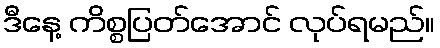
ဒီနေ့ ကိစ္စပြတ်အောင် လုပ်ရမည်။